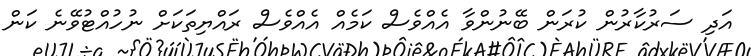
އަދި ސަރުކާރުން ކުރަން ބޭނުންވާ އެއްވެސް ކަމެއް އެއްވެސް ރައްޔިތަކަށް ނުހުއްޓުވޭނެ ކަން